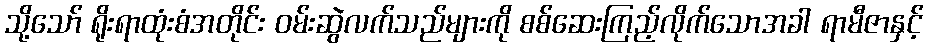
သို့သော် ရိုးရာထုံးစံအတိုင်း ဝမ်းဆွဲလက်သည်များကို စစ်ဆေးကြည့်လိုက်သောအခါ ရာမီဇာနှင့်